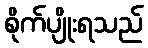
စိုက်ပျိုးရသည်